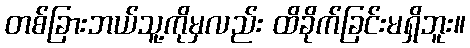
တစ်ခြားဘယ်သူ့ကိုမှလည်း ထိခိုက်ခြင်းမရှိဘူး။